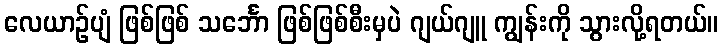
လေယာဉ်ပျံ ဖြစ်ဖြစ် သင်္ဘော ဖြစ်ဖြစ်စီးမှပဲ ဂျယ်ဂျူ ကျွန်းကို သွားလို့ရတယ်။